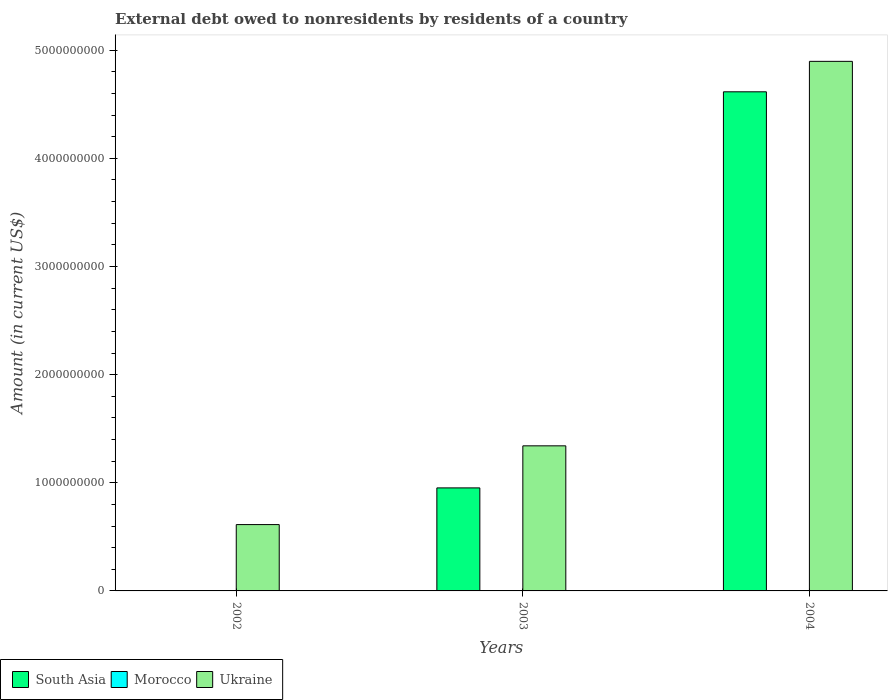
| Years | South Asia | Morocco | Ukraine |
 | --- | --- | --- | --- |
 | 2002 | -2.19e+08 | -1.13e+09 | 6.13e+08 |
 | 2003 | 9.53e+08 | -1.09e+09 | 1.34e+09 |
 | 2004 | 4.62e+09 | -2.25e+09 | 4.9e+09 |